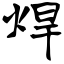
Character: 焊